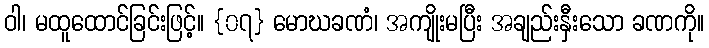
ဝါ၊ မထူထောင်ခြင်းဖြင့်။ {၀၇} မောဃခဏံ၊ အကျိုးမပြီး အချည်းနှီးသော ခဏကို။